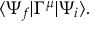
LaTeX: \langle \Psi _ { f } | \Gamma ^ { \mu } | \Psi _ { i } \rangle .